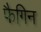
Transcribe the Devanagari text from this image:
फैगिन